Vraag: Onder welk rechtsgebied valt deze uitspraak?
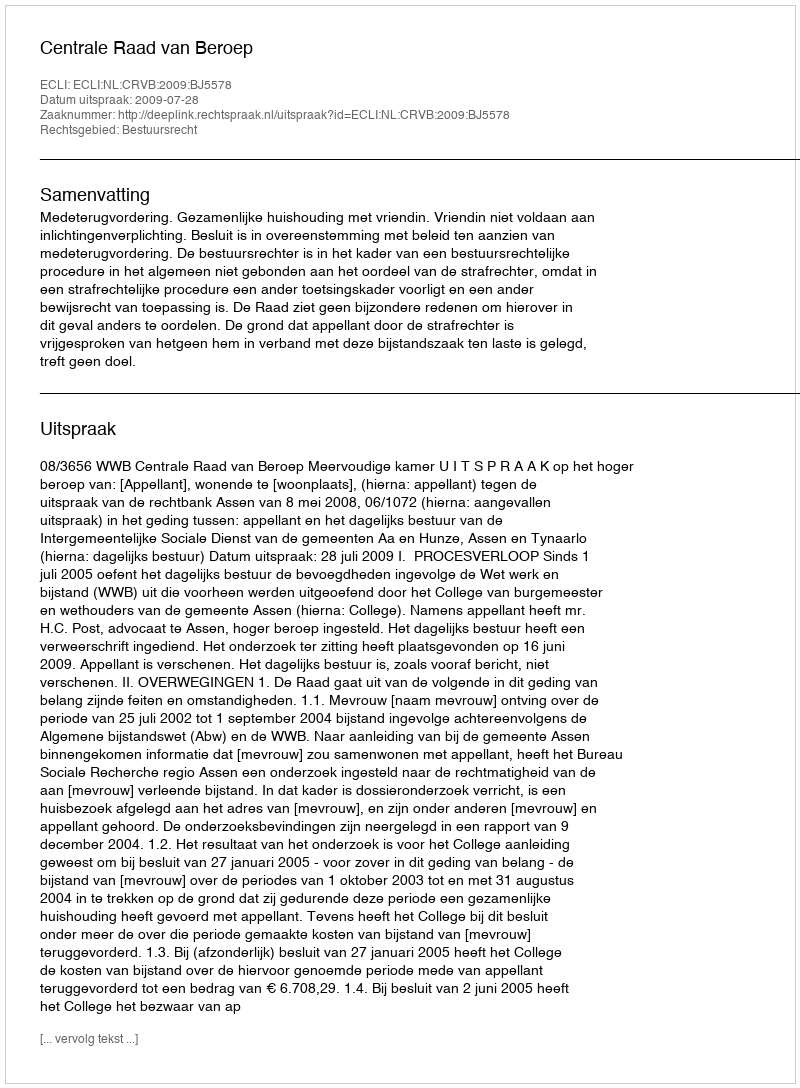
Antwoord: Bestuursrecht